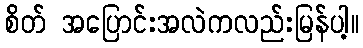
စိတ် အပြောင်းအလဲကလည်းမြန်ပါ့။